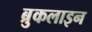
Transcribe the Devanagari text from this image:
ब्रुकलाइन